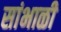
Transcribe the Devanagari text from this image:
सांभाळी